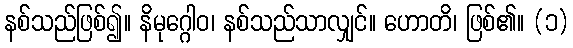
နစ်သည်ဖြစ်၍။ နိမုဂ္ဂေါဝ၊ နစ်သည်သာလျှင်။ ဟောတိ၊ ဖြစ်၏။ (၁)